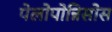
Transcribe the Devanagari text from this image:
पेलोपोन्निसोस